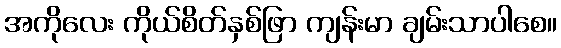
အကိုလေး ကိုယ်စိတ်နှစ်ဖြာ ကျန်းမာ ချမ်းသာပါစေ။